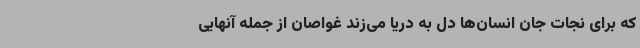
که برای نجات جان انسان‌ها دل به دریا می‌زند غواصان از جمله آنهایی